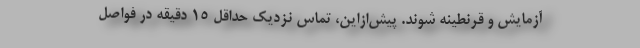
آزمایش و قرنطینه شوند. پیش‌ازاین، تماس نزدیک حداقل ۱۵ دقیقه در فواصل